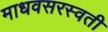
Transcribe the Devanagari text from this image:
माधवसरस्वती